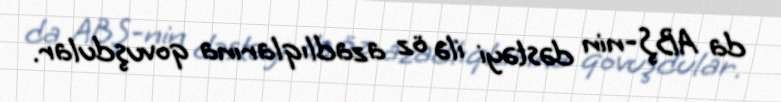
da ABŞ-nin dəstəyi ilə öz azadlıqlarına qovuşdular.